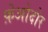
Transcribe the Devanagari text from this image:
फ़ेओदोर